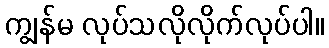
ကျွန်မ လုပ်သလိုလိုက်လုပ်ပါ။